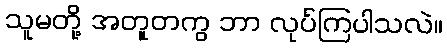
သူမတို့ အတူတကွ ဘာ လုပ်ကြပါသလဲ။